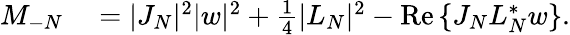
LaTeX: \begin{array}{rl}{M_{-N}}&{{}=|J_{N}|^{2}|w|^{2}+\frac{1}{4}|L_{N}|^{2}-\operatorname{Re}{\{ J_{N}L_{N}^{*}w\} }.}\end{array}